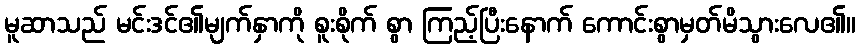
မူဆာသည် မင်းဒင်၏မျက်နှာကို စူးစိုက် စွာ ကြည့်ပြီးနောက် ကောင်းစွာမှတ်မိသွားလေ၏။